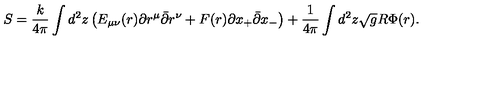
S = \frac { k } { 4 \pi } \int d ^ { 2 } z \left( E _ { \mu \nu } ( r ) \partial r ^ { \mu } \bar { \partial } r ^ { \nu } + F ( r ) \partial x _ { + } \bar { \partial } x _ { - } \right) + \frac { 1 } { 4 \pi } \int d ^ { 2 } z \sqrt { g } R \Phi ( r ) .